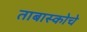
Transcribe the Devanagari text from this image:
ताबास्कोचे